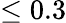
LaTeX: \le 0.3